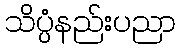
သိပ္ပံနည်းပညာ